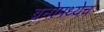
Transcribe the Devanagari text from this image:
ब्रनोमध्येच